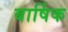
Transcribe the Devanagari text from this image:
बार्षिक